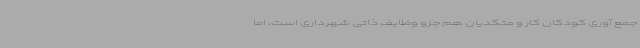
جمع آوری کودکان کار و متکدیان هم جزو وظایف ذاتی شهرداری است، اما